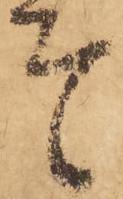
者